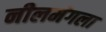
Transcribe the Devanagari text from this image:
नीलमंगला